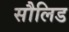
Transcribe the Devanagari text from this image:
सौलिड